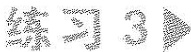
练习3▶